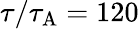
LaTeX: \tau/\tau_{\mathrm{{A}}}=120